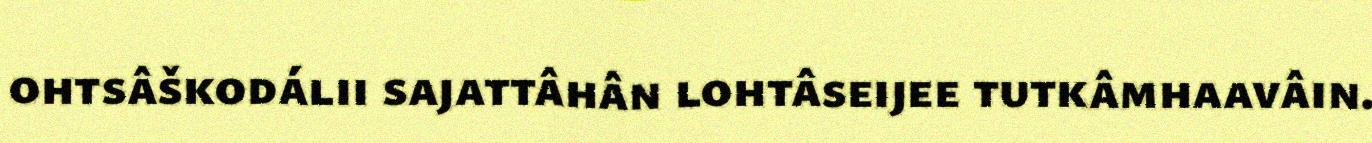
ohtsâškodálii sajattâhân lohtâseijee tutkâmhaavâin.